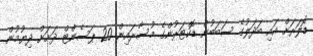
ޑޮލަރަށް އައި ބަދަލުގެ ސަބަބުން ޑޮކްޓަރުންގެ މުސާރައިން 20 ޕަސެންޓް ދަށަށް ދިޔުމުން